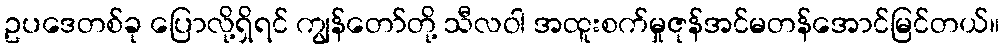
ဥပဒေတစ်ခု ပြောလို့ရှိရင် ကျွန်တော်တို့ သီလဝါ အထူးစက်မှုဇုန်အင်မတန်အောင်မြင်တယ်။